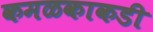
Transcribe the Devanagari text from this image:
कमळकाकडी